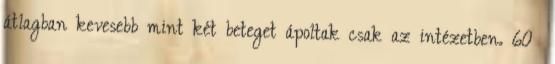
átlagban kevesebb mint két beteget ápoltak csak az intézetben. 60